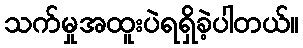
သက်မှုအထူးပဲရရှိခဲ့ပါတယ်။